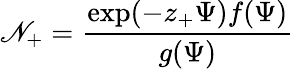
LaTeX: \mathscr{N}_{+}=\frac{{\exp(-z_{+}\Psi)f(\Psi)}}{{g(\Psi)}}